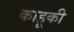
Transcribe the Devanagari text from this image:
काहूकी